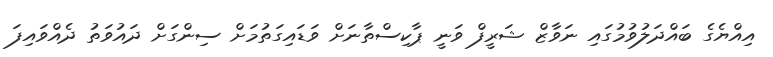
އިއްޔެގެ ބައްދަލުވުމުގައި ނަވާޒް ޝަރީފް ވަނީ ޕާކިސްތާނަށް ވަޑައިގަތުމަށް ސިންގަށް ދައުވަތު ދެއްވައިފަ